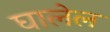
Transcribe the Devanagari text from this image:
घालेल